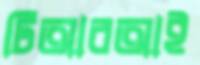
টিআরআই